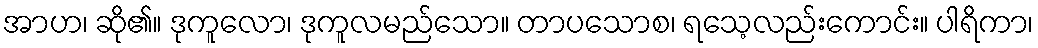
အာဟ၊ ဆို၏။ ဒုကူလော၊ ဒုကူလမည်သော။ တာပသောစ၊ ရသေ့လည်းကောင်း။ ပါရိကာ၊